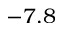
- 7 . 8